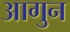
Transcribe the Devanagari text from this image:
आगुन